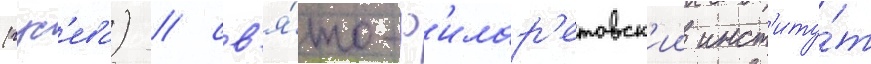
(гус'ева) / св'я́то-ф'илар'етовск'ии инст'иту́т